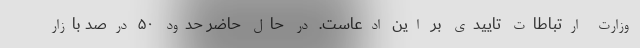
وزارت ارتباطات تاییدی بر این ادعاست. در حال حاضر حدود ۵۰ درصد بازار